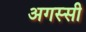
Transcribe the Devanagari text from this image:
अगस्सी